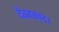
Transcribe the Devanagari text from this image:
दैवतकांड।